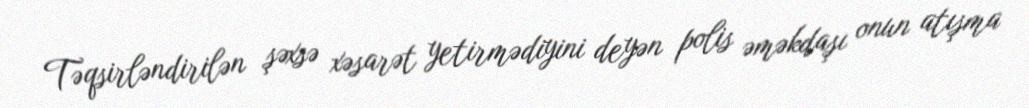
Təqsirləndirilən şəxsə xəsarət yetirmədiyini deyən polis əməkdaşı onun atışma